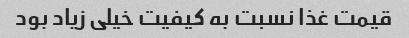
قیمت غذا نسبت به کیفیت خیلی زیاد بود